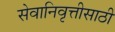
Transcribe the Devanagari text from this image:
सेवानिवृत्तीसाठी